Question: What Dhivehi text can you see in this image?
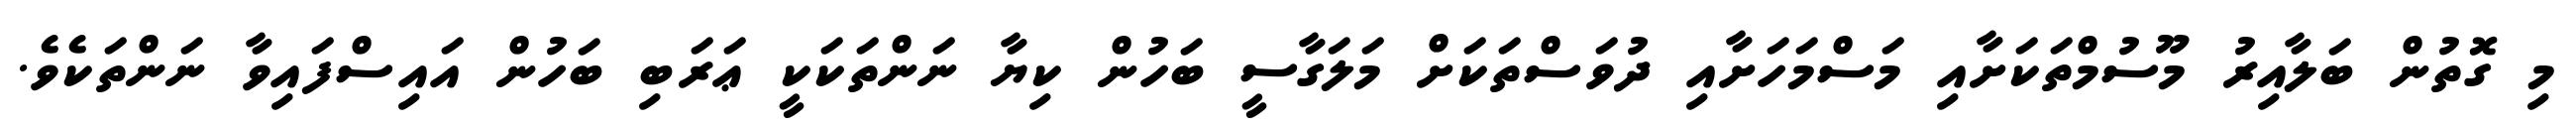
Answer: މި ގޮތުން ބަލާއިރު މޫސުމްތަކަށާއި މަސްމަހަށާއި ދުވަސްތަކަށް މަލަގާސީ ބަހުން ކިޔާ ނަންތަކަކީ ޢަރަބި ބަހުން އައިސްފައިވާ ނަންތަކެވެ.